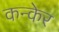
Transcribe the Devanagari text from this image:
कन्केर